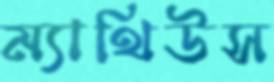
ম্যাথিউস